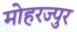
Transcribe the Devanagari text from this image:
मोहरज्पुर